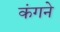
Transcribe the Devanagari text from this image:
कंगने